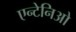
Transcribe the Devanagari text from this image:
एन्टेनिओ